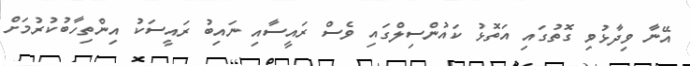
އޭނާ ވިދާޅުވި ގޮތުގައި އަތޮޅު ކައުންސިލްގައި ވެސް ރައީސާއި ނައިބު ރައީސަކު އިންތިހާބުކުރުމަށް